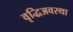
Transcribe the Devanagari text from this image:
वृद्धिअवस्था